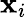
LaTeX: \boldsymbol{\mathbf{x}}_{i}